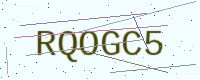
Text: RQOGC5